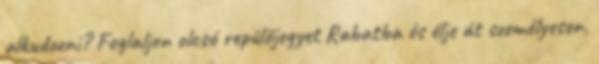
alkudozni? Foglaljon olcsó repülőjegyet Rabatba és élje át személyesen,